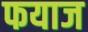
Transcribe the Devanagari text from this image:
फयाज